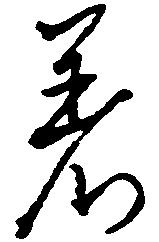
着